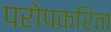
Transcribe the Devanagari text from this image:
परोपकरिता